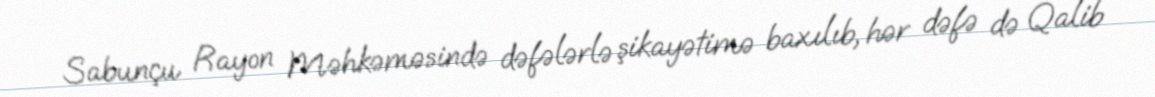
Sabunçu Rayon Məhkəməsində dəfələrlə şikayətimə baxılıb, hər dəfə də Qalib